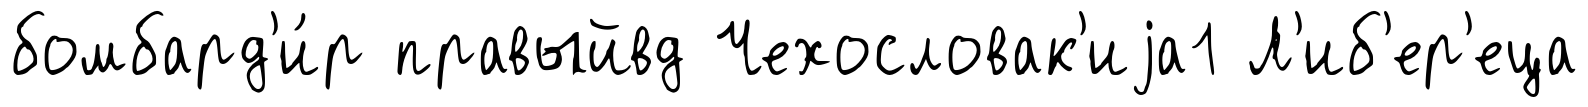
бомбард'и́р правыйвд Чехословак'иjа1 Л'иб'ер'еца